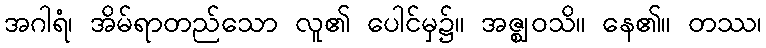
အဂါရံ၊ အိမ်ရာတည်သော လူ၏ ပေါင်မှ၌။ အဇ္ဈဝသိ။ နေ၏။ တဿ၊